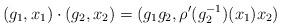
LaTeX: \begin{align*} (g_1,x_1) \cdot (g_2,x_2) = (g_1g_2,\rho'(g_2^{-1})(x_1)x_2)\end{align*}